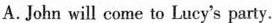
A.John will come to Lucy's party.